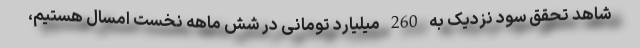
شاهد تحقق سود نزدیک به 260 میلیارد تومانی در شش ماهه نخست امسال هستیم،